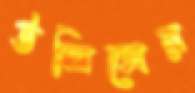
উলিসের